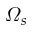
\varOmega _ { s }